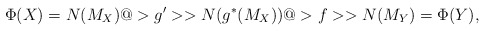
\begin{align*}\Phi(X) = N(M_X) @>g'>> N(g^*(M_X)) @>f>> N(M_Y) = \Phi(Y) ,\end{align*}